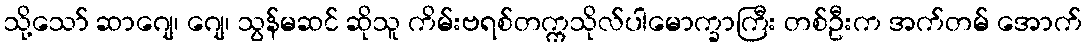
သို့သော် ဆာဂျေ၊ ဂျေ၊ သွန်မဆင် ဆိုသူ ကိမ်းဗရစ်တက္ကသိုလ်ပါမောက္ခာကြီး တစ်ဦးက အက်တမ် အောက်